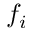
f _ { i }